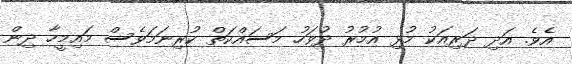
އެވެ. އަދި ދަރިއަކު މުޅި އުމުރު ދުވަހު މަސައްކަތް ކުރިނަމަވެސް މައިމީހާ ދިން